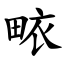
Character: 畩